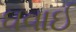
ઘવાઈ